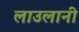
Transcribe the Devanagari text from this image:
लाउलानी